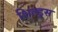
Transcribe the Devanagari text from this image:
शिल्ड्स